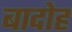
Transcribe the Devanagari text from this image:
बादोह